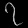
Digit: ၇